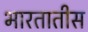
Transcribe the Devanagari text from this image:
भारतातीस